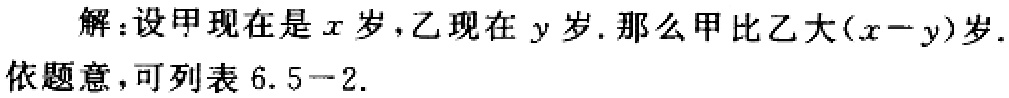
解：设甲现在是\(x\)岁，乙现在\(y\)岁. 那么甲比乙大\((x - y)\)岁.
依题意，可列表 \(6.5 - 2\).